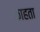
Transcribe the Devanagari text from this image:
काहता